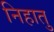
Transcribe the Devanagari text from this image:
निहातु